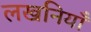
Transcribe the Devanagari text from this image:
लखनियाँ